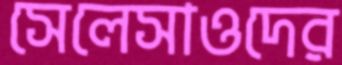
সেলেসাওদের